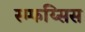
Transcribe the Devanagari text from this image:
स्म्फय्सिस